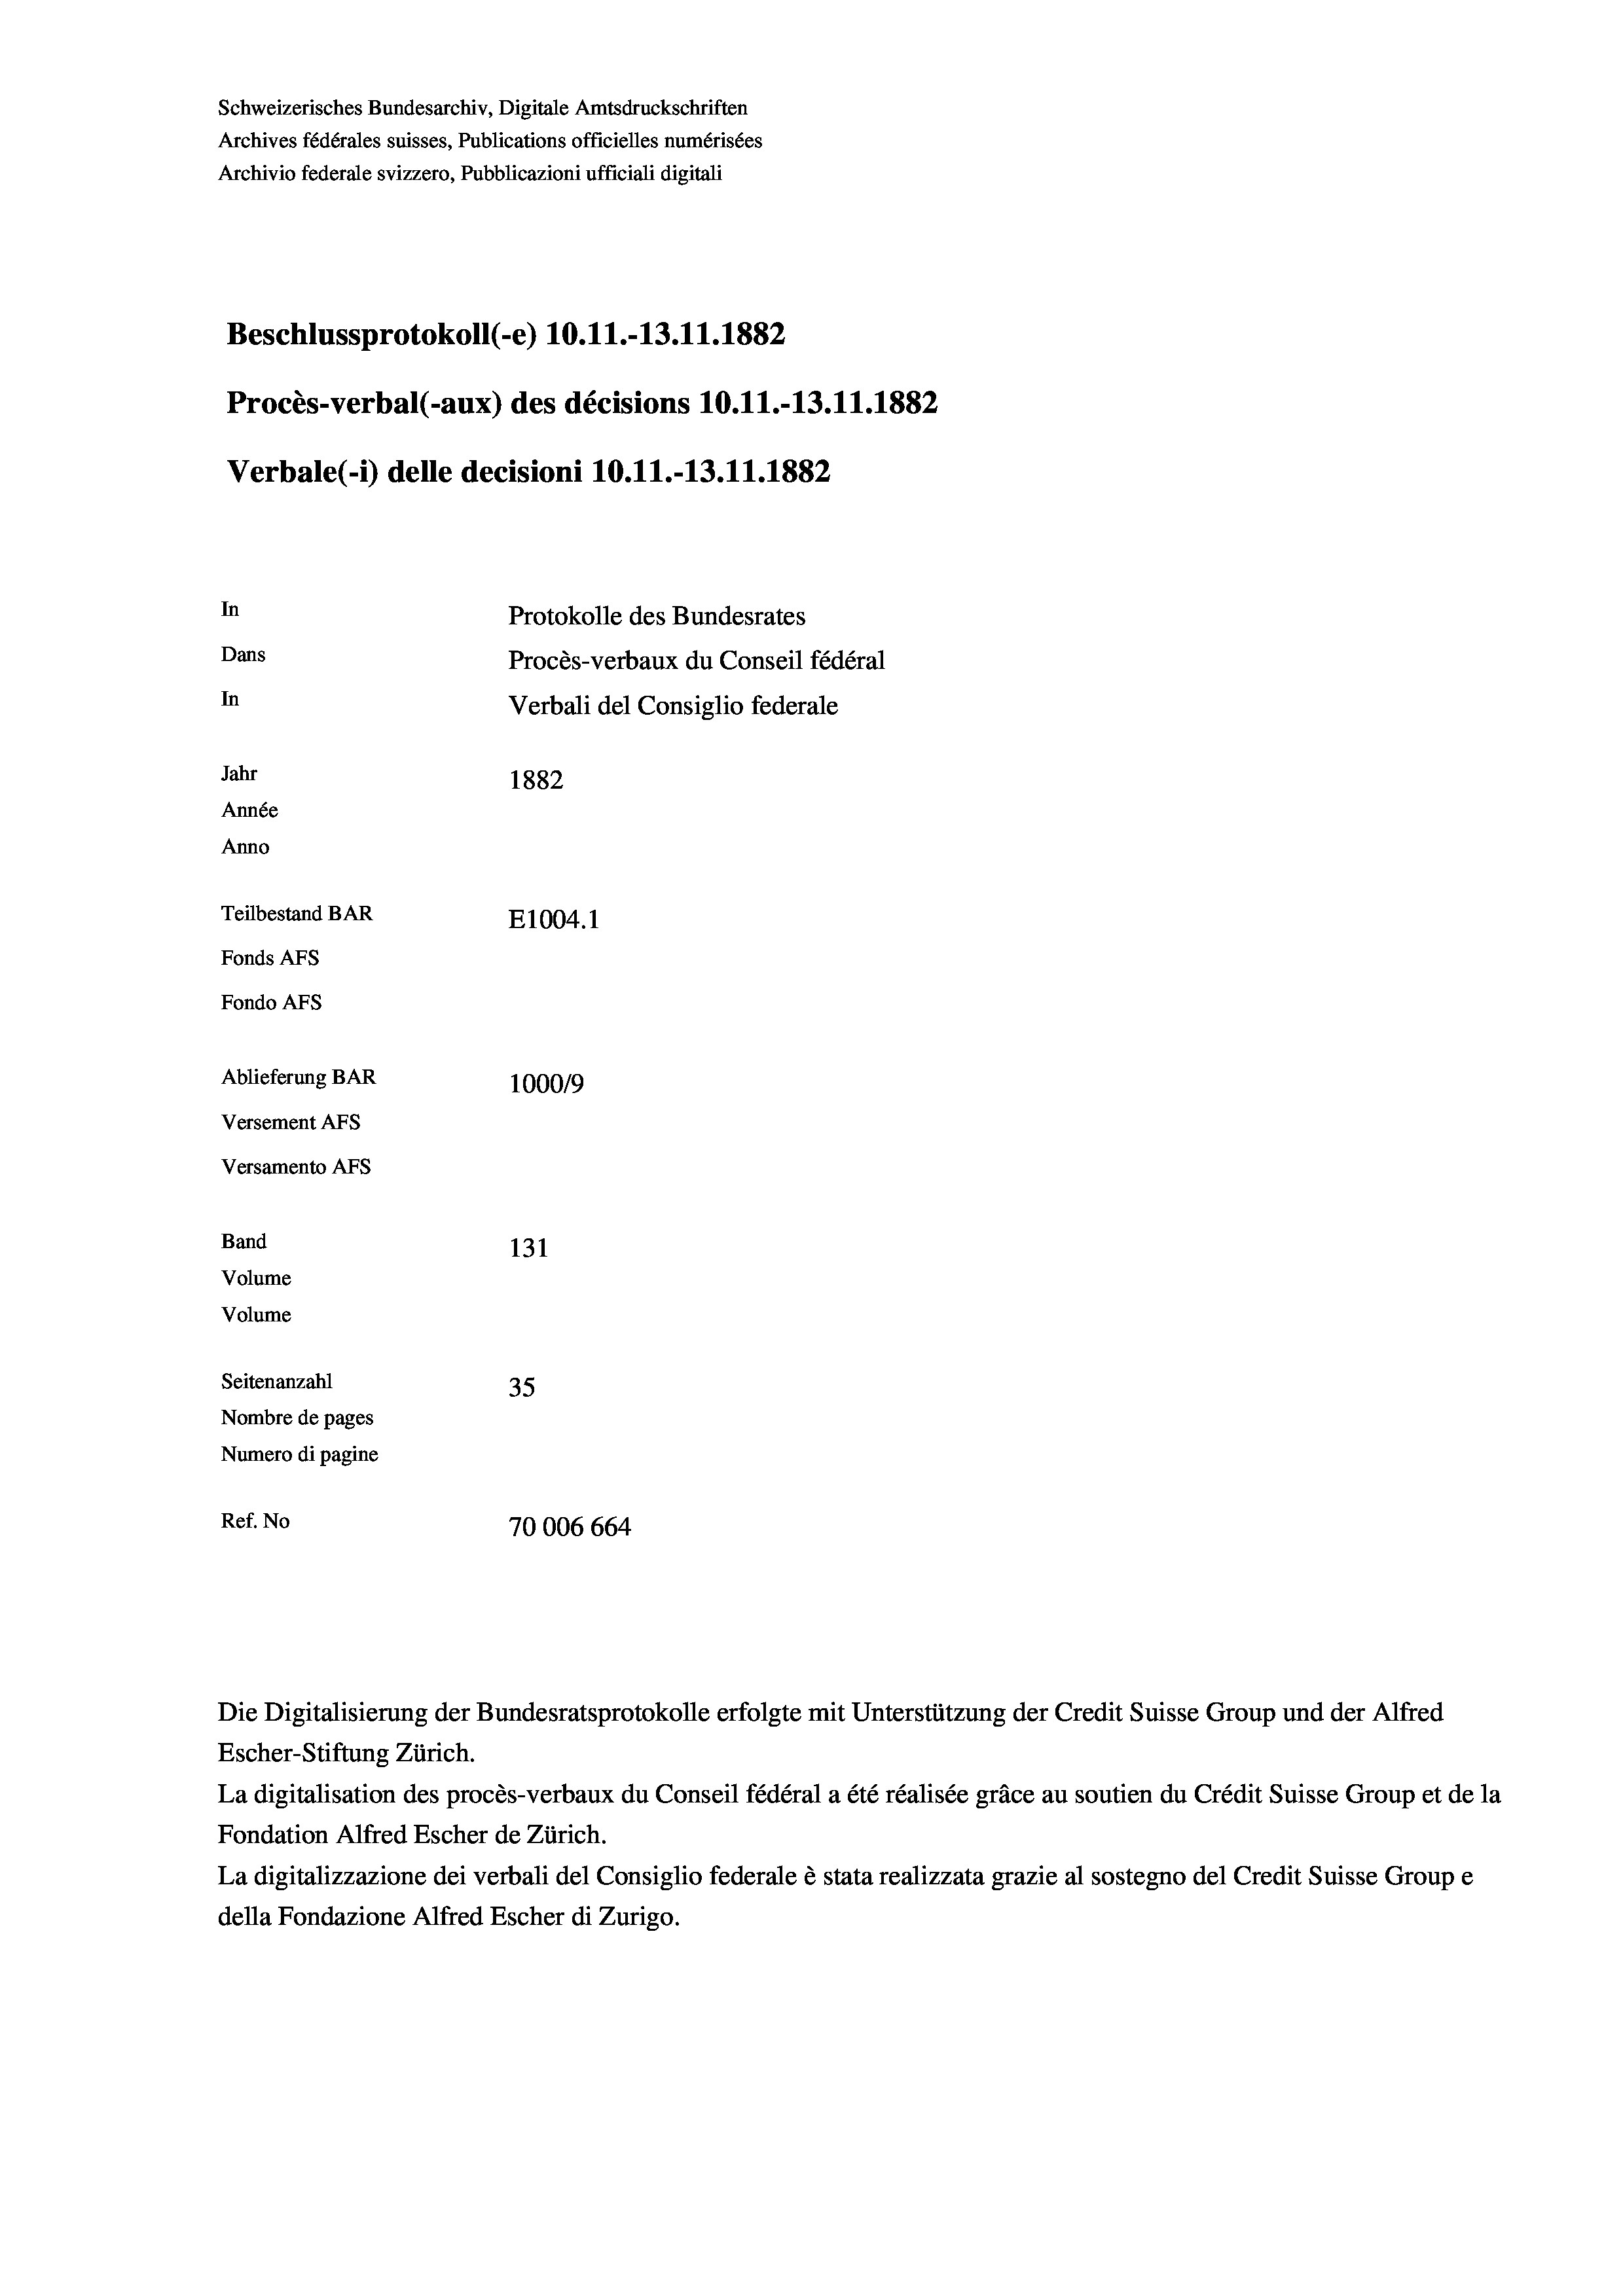
Schweizerisches Bundesarchiv, Digitale Amtsdruckschriften
Archives fédérales suisses, Publications officielles numérisées
Archivio federale svizzero, Pubblicazioni ufficiali digitali
Beschlussprotokoll (-e) 10.11.-13.11.1882
Procès-verbal (-aux) des décisions 10.11.-13.11.1882
Verbale(-*) delle decisioni 10.11.-13.11.1882
In
Protokolle des Bundesrates
Dans
Procès-verbaux du Conseil fédéral
In
Verbali del Consiglio federale
Jahr
1882
Année
Anno
Teilbestand BAR
E1004. 1
Fonds AFs
Fondo AFs
Ablieferung BAR
100019
Versement AFs
Versamento Afs
Band
131
Volume

Volume
Seitenanzahl
35
Nombre de pages
Numero di pagine
Ref. No
70006 664

Die Digitalisierung der Bundesratsprotokolle erfolgte mit Unterstützung der Credit Suisse Group und der Alfred

Escher-Stiftung Zürich.
La digitalisation des procès-verbaux du Conseil fédéral a été réalisée gräce au soutien du Crédit Suisse Group et de la
Fondation Alfred Escher de Zürich.
La digitalizzazione dei verbali del Consiglio federale è stata realizzata grazie al sostegno del Credit Suisse Groupe
della Fondazione Alfred Escher di Zurigo.